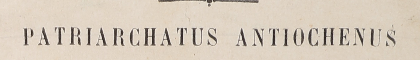
PATRIARCHATUS ANTIOCHENUS